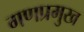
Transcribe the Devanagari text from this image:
गणप्रमुख